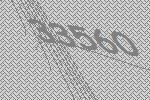
33560